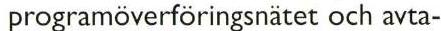
programöverföringsnätet och avta-